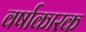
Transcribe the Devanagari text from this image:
वर्षाकारक